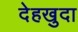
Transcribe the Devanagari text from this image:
देहखुदा